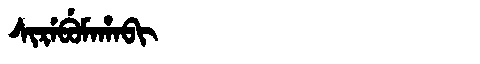
Manchu: ᠰᡳᡵᡝᠪᡠᠮᠠᡥᠠᠪᡳ
Romanization: SIREBUMAHABI